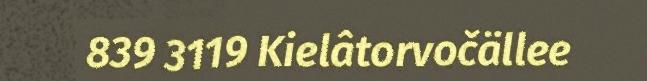
839 3119 Kielâtorvočällee